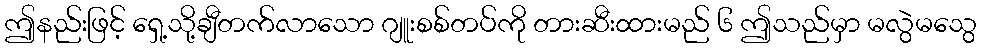
ဤနည်းဖြင့် ရှေ့သို့ချီတက်လာသော ဂျူးစစ်တပ်ကို တားဆီးထားမည် ၆ ဤသည်မှာ မလွဲမသွေ